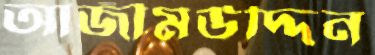
আজীমউদ্দিন